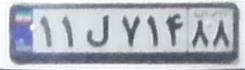
۱۱ل۷۱۴۸۸